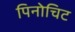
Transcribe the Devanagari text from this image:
पिनोचिट